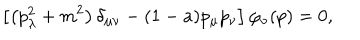
\left[ \left( p _ { \lambda } ^ { 2 } + m ^ { 2 } \right) \delta _ { \mu \nu } - ( 1 - a ) p _ { \mu } p _ { \nu } \right] \varphi _ { \nu } ( p ) = 0 ,